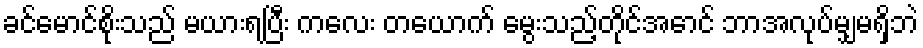
ခင်မောင်စိုးသည် မယားရပြီး ကလေး တယောက် မွေးသည့်တိုင်အောင် ဘာအလုပ်မျှမရှိဘဲ